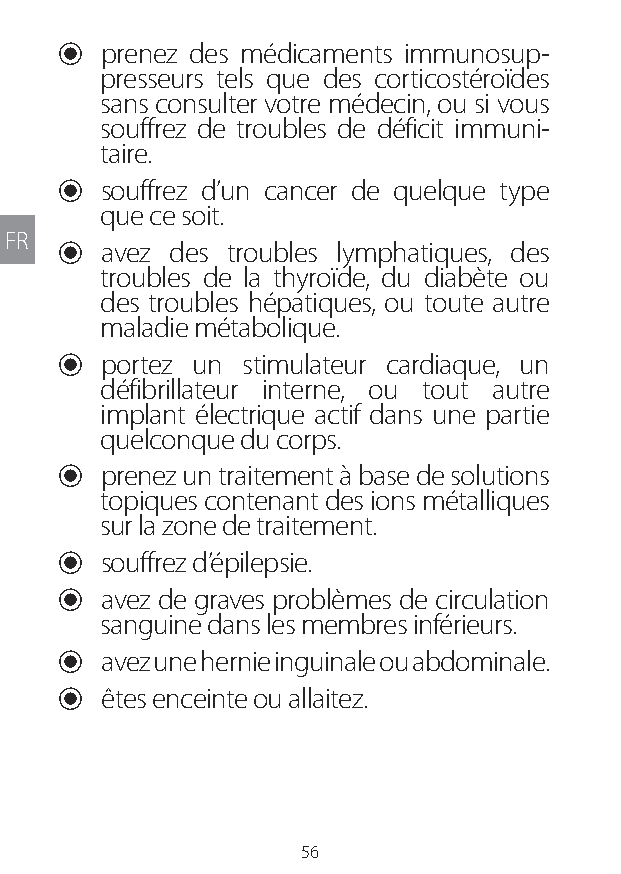
U prenez des médicaments immunosup-
 presseurs tels que des corticostéroïdes
 sans consulter votre médecin, ou si vous
 souffrez de troubles de déficit immuni-
 taire.
 U souffrez d’un cancer de quelque type
 que ce soit.
 FR
 U avez des troubles lymphatiques, des
 troubles de la thyroïde, du diabète ou
 des troubles hépatiques, ou toute autre
 maladie métabolique.
 U portez un stimulateur cardiaque, un
 défibrillateur interne, ou tout autre
 implant électrique actif dans une partie
 quelconque du corps.
 U prenez un traitement à base de solutions
 topiques contenant des ions métalliques
 sur la zone de traitement.
 U souffrez d’épilepsie.
 U avez de graves problèmes de circulation
 sanguine dans les membres inférieurs.
 U avez une hernie inguinale ou abdominale.
 U êtes enceinte ou allaitez.
 56
 Lipo UM EU124 3545B inside ALL EU124 ED296-24 release.indd 56 14/08/2018 10:57:35